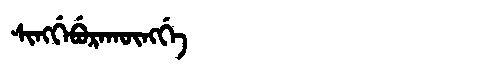
Manchu: ᠰᡳᠩᡤᡝᠪᡠᡵᠠᡴᡡᠩᡤᡝ
Romanization: SINGGEBURAKŪNGGE